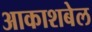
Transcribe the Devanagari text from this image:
आकाशबेल